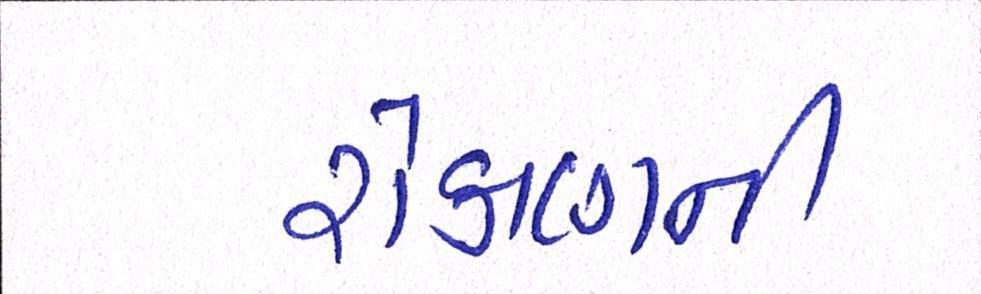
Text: રોકાણની